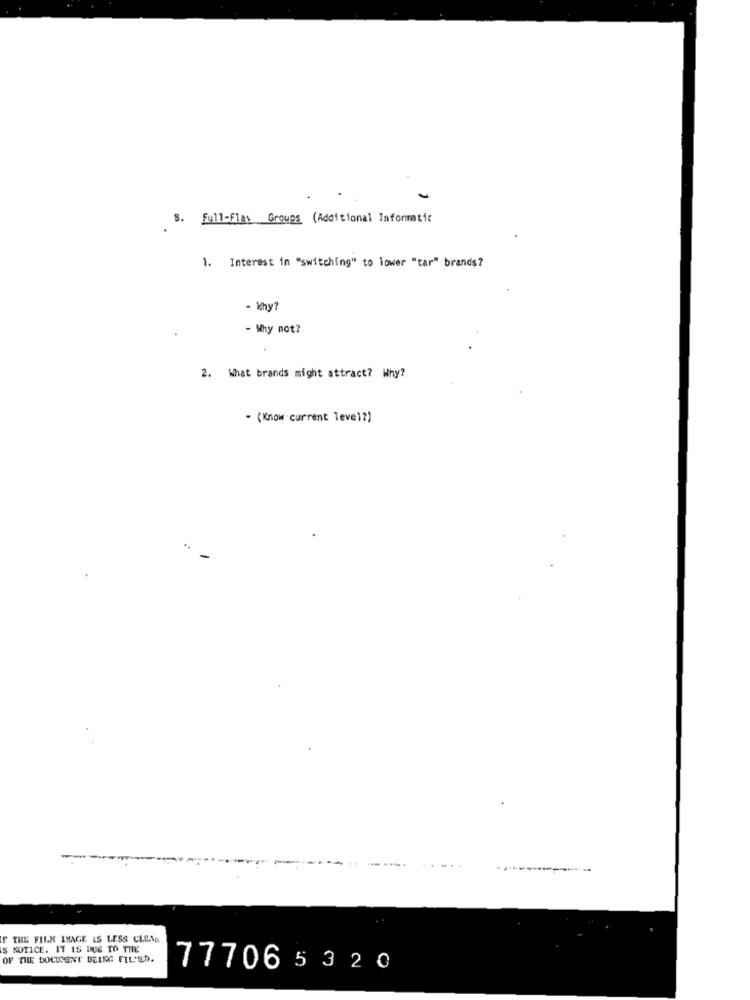
S. Full-Flas Groups (Additional Informatic
1. Interest in "switching" to lower "tar" brands?
- Why?
- Why not?
2. What brands might attract? Why?
- (Know current level?)
-
F THE FILM IMAGE IS LESS CLEAN
S NOTICE. IT IS DUE TO THE
OF THE DOCUMENT BEING FILED.
777065320